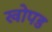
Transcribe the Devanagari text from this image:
खोपड